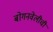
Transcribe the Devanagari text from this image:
बोगनवेलीची